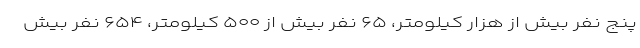
پنج نفر بیش از هزار کیلومتر، ۶۵ نفر بیش از ۵۰۰ کیلومتر، ۶۵۴ نفر بیش